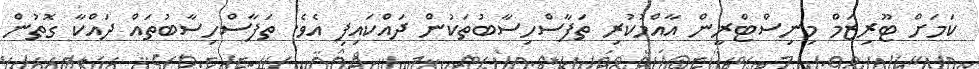
ކަމަށް ޓޫރިޒަމް މިނިސްޓްރީން އާއްމުކުރި ތަފާސްހިސާބުތަކުން ދައްކައިފި އެވެ. ތަފާސްހިސާބުތައް ދައްކާ ގޮތުން